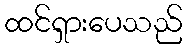
ထင်ရှားပေသည်